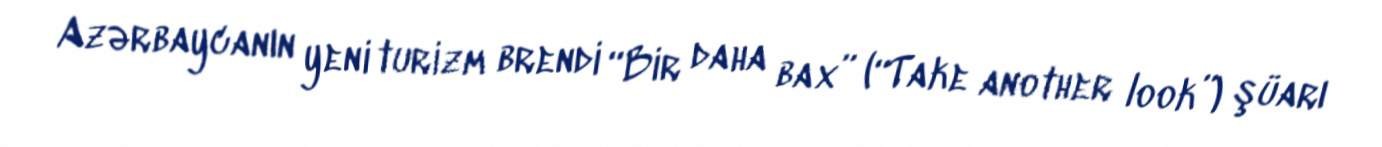
Azərbaycanın yeni turizm brendi “Bir daha bax” (“Take another look”) şüarı